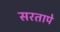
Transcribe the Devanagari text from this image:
सरतापे